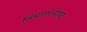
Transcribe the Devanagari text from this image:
सिमाराज्यावर